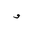
Letter: _waw